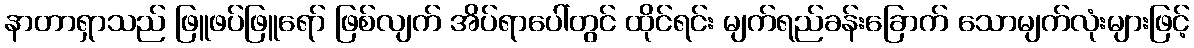
နာတာရှာသည် ဖြူဖပ်ဖြူရော် ဖြစ်လျက် အိပ်ရာပေါ်တွင် ထိုင်ရင်း မျက်ရည်ခန်းခြောက် သောမျက်လုံးများဖြင့်